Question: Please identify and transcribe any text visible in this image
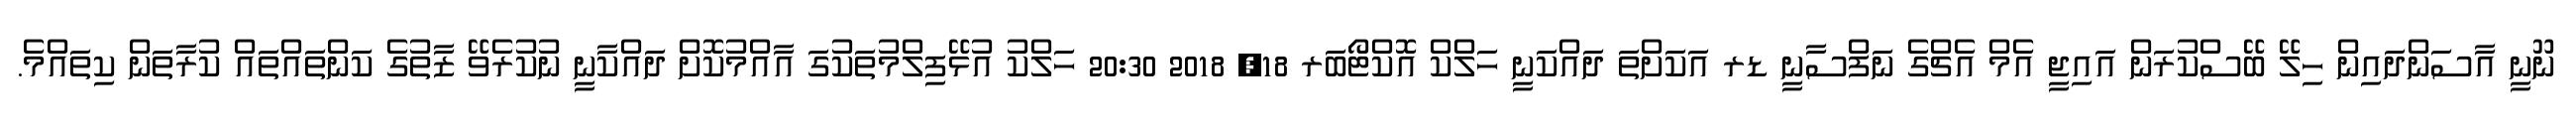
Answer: ނޫނީ އާސަންދައިން ހިލޭ ބޭސްކުރަން އައިޖީ އެމް އެޗްގެ ނަފްސާނީ ޑރ އަކަށްތަ ދައްކަނީ ހަލްކް އޮކްޓޯބަރ 18, 2018 20:30 ހަލްކު އުޅޭފިލްމުތަކުގަ އާއްމުކޮށް ދައްކާނީ ނުކުރެވޭ ޒާތުގެ ކަންތައްތައް ކުރާތަން ކިތައްމެ.